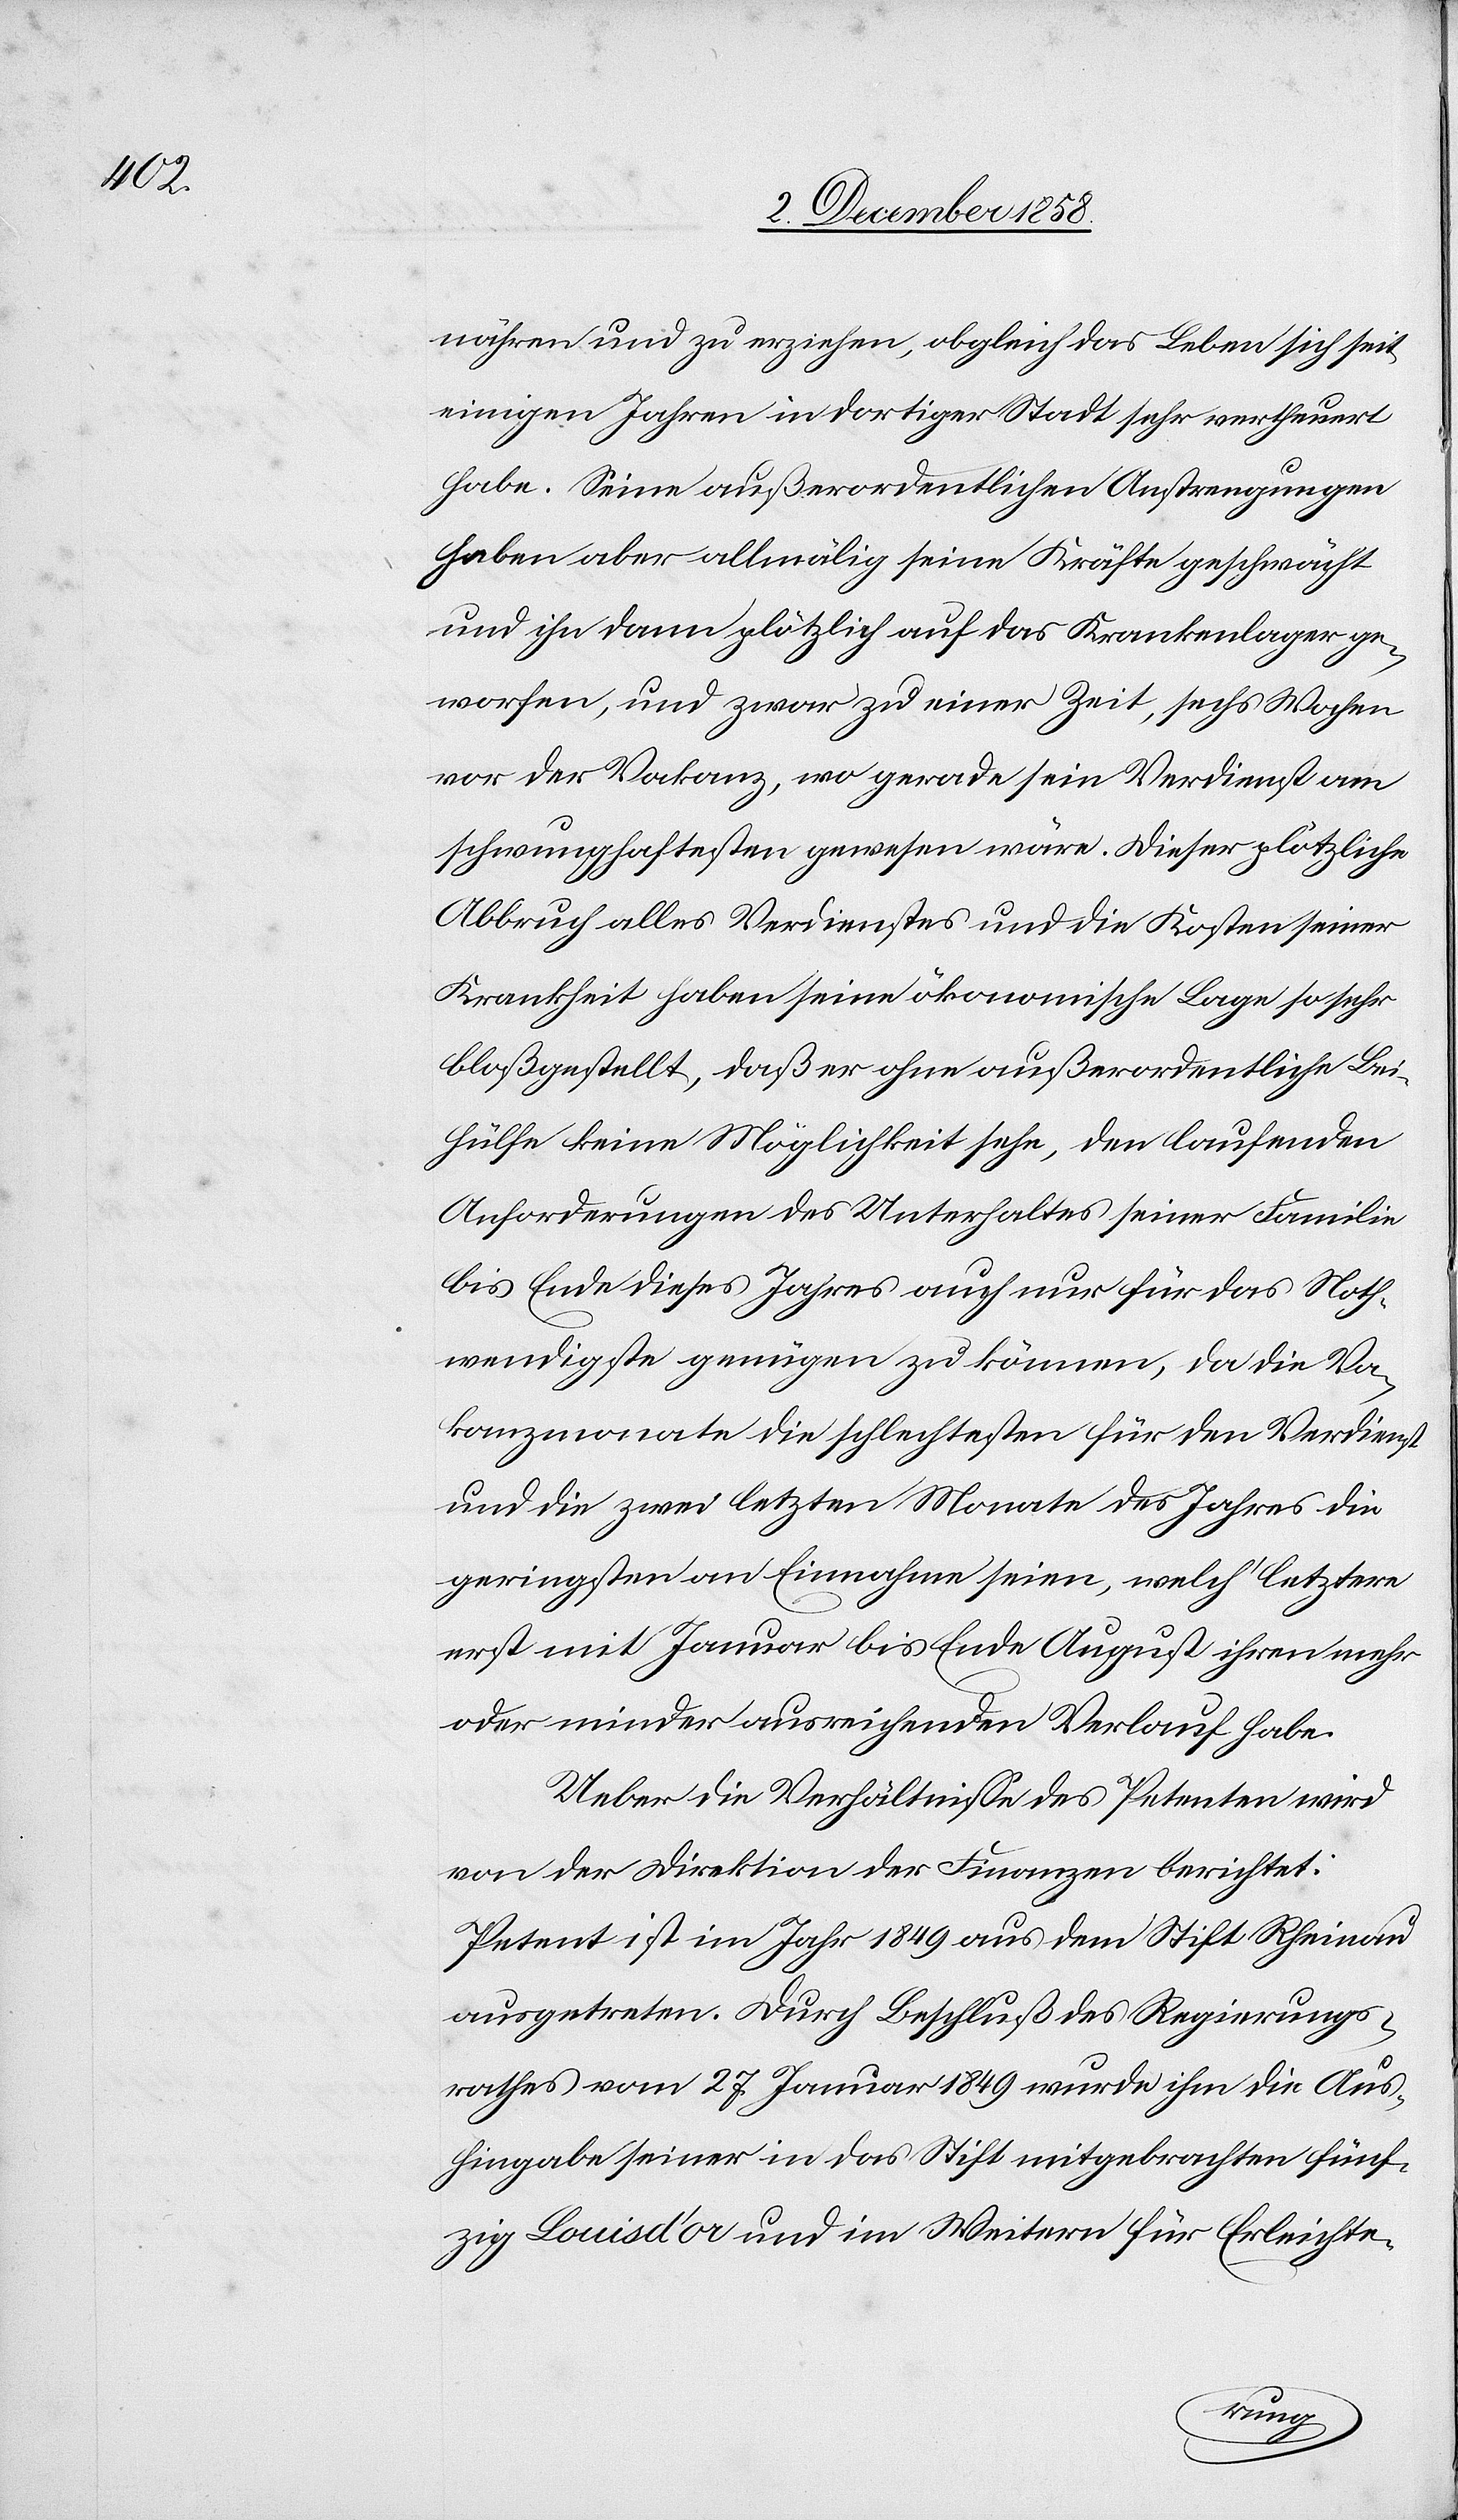
nähren und zu erziehen, obgleich das Leben sich seit
einigen Jahren in dortiger Stadt sehr vertheuert
habe. Seine außerordentlichen Anstrengungen
haben aber allmälig seine Kräfte geschwächt
und ihn dann plötzlich auf das Krankenlager ge¬
worfen, und zwar zu einer Zeit, sechs Wochen
vor der Vakanz, wo gerade sein Verdienst am
schwunghaftesten gewesen wäre. Dieser plötzliche
Abbruch alles Verdienstes und die Kosten seiner
Krankheit haben seine ökonomische Lage so sehr
bloßgestellt, daß er ohne außerordentliche Bei¬
hülfe keine Möglichkeit sehe, den laufenden
Anforderungen des Unterhaltes seiner Familie
bis Ende dieses Jahres auch nur für das Noth¬
wendigste genügen zu können, da die Va¬
kanzmonate die schlechtesten für den Verdienst
und die zwei letzten Monate des Jahres die
geringsten an Einnahme seien, welch‘ letztere
erst mit Januar bis Ende August ihren mehr
oder minder ausreichenden Verlauf habe.
Ueber die Verhältnisse des Petenten wird
von der Direktion der Finanzen berichtet:
Petent ist im Jahr 1849 aus dem Stift Rheinau
ausgetreten. Durch Beschluß des Regierungs¬
rathes vom 27. Januar 1849 wurde ihm die Aus¬
hingabe seiner in das Stift mitgebrachten fünf¬
zig Louisd’or und im Weitern für Erleichte-